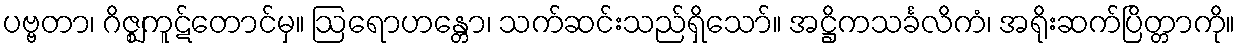
ပဗ္ဗတာ၊ ဂိဇ္ဈကူဋ်တောင်မှ။ ဩရောဟန္တော၊ သက်ဆင်းသည်ရှိသော်။ အဋ္ဌိကသင်္ခလိကံ၊ အရိုးဆက်ပြိတ္တာကို။